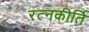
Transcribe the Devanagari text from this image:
रत्‍नकीर्ति